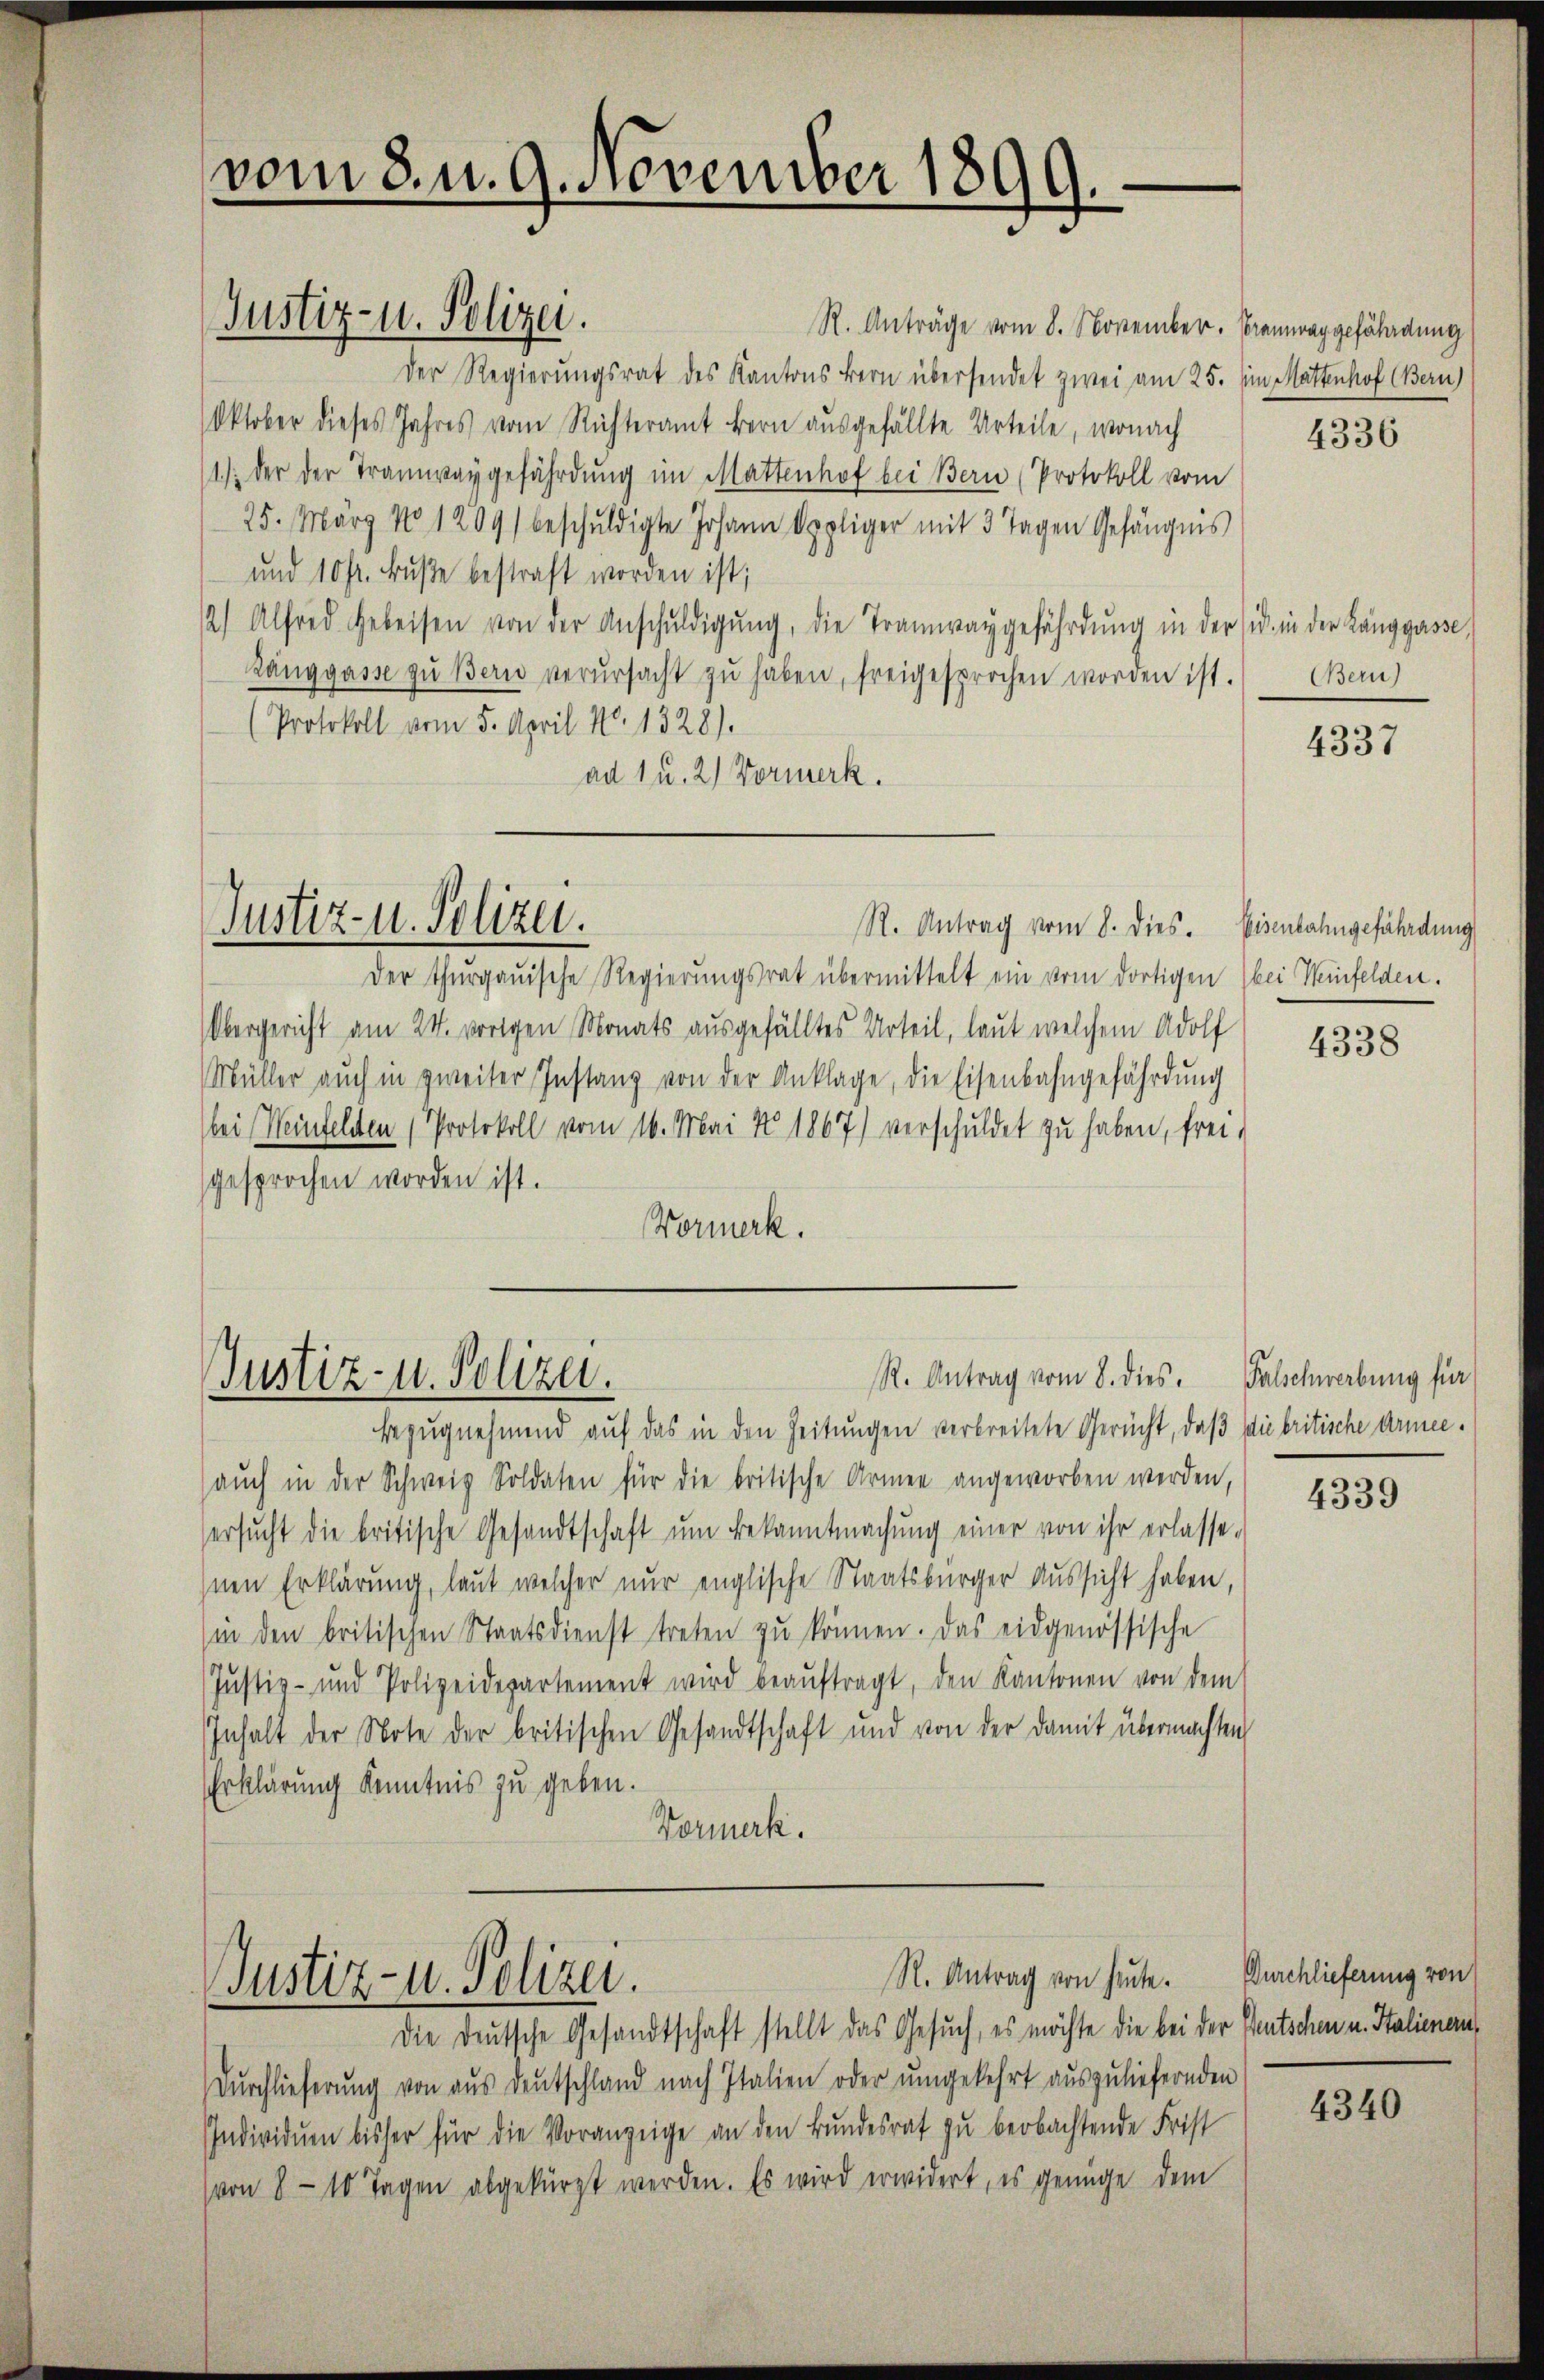
vom 8. u. 9. November 1899.

R. Anträge vom 8. November. Bramwaggefährdung
Der Regierungsrat des Kantons Bern übersendet zwei am 25. in Mattenhof Bern)
Oktober dieses Jahres vom Richteramt Bern ausgefällte Urteile, wonach
1.) der der Tramwaygefährdung im Mattenhof bei Bern (Protokoll vom
25. März 181209) beschuldigte Johann Oppliger mit 3 Tagen Gefängnis
und 10 fr. Bŭβe bestraft worden ist;
2) Alfred Gebeisen von der Anschŭldigŭng, die Tramwaygefährdŭng in der id in der Langgasse
Zanggasse zu Bern verŭrsacht zŭ haben, freigesprochen worden ist.
(Protokoll vom 5. April N. 1328).
ad 1 u. 2) Vormerk.

Justiz- u. Polizei.

R. Antrag vom 8. dies. Eisenbahngefährdung
Der thurgauische Regierungsrat übermittelt ein vom dortigen bei einfelden.
Obergericht am 24. vorigen Monats ausgefälltes Urteil, laut welchem Adolf
Müller auch in zweiter Instanz von der Anklage, die Eisenbahngefährdung
bei Weinfeldten (Protokoll vom 16. Mai 1867) verschuldet zu haben, frei,
gesprochen worden ist.
Vormerk.

Justiz- u. Polizei.

Justiz- u. Polizei.

Justiz- u. Polizei.

R. Antrag vom 8. dies. Falschwerbung für

Bezŭgnehmend auf das in den Zeitungen verbreitete Gericht, daß die britische Armee-
aŭch in der Schweiz Soldaten für die britische Armen angeworben werden,
ersŭcht die britische Gesandtschaft ŭm Bekanntmachŭng einer von ihr erlasse-
Inen Erklärung, laut welcher nur englische Staatsbürger Aussicht haben,
(in den britischen Staatsdienst treten zŭ können. Das eidgenössische
Justiz- und Polizeidepartement wird beaŭftragt, den Kantonen von dem
Inhalt der Note der britischen Gesandtschaft und von der damit übermachten
Erklärung Kenntnis zu geben.
Vormerk.

N. Antrag von heute. Durchlieferung von

Die Deutsche Gesandtschaft stellt das Gesuch, es möchte die bei der Deutschen u. Staliener¬
Dŭrchlieferŭng von aŭs deutschland nach Italien oder ŭmgekehrt auszuliefernden
Individum bisher für die Voranzeige an den Bundesrat zu beobachtende Frist
(von 8 - 10 Tagen abgekürzt werden. Es wird erwidert, es genüge dem

4336

Bern)

4337

4338

4339

4340